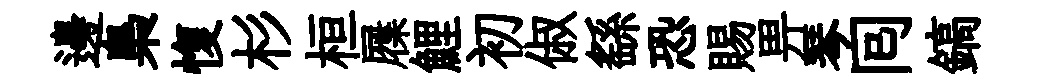
邊梟愎杉桓屧鯉初俶繇恐賜畀琴囘鎬